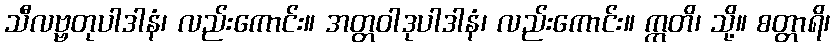
သီလဗ္ဗတုပါဒါနံ၊ လည်းကောင်း။ အတ္တဝါဒုပါဒါနံ၊ လည်းကောင်း။ ဣတိ၊ သို့။ စတ္တာရိ၊